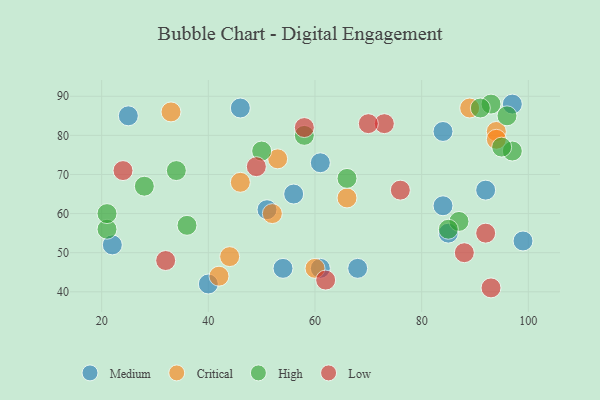
{"axis": {"x": "GDP", "y": "Life Expectancy"}, "legend": ["Critical", "High", "Low", "Medium"], "data": [{"x": "46", "y": 87, "type": "Medium"}, {"x": "56", "y": 65, "type": "Medium"}, {"x": "54", "y": 46, "type": "Medium"}, {"x": "84", "y": 81, "type": "Medium"}, {"x": "99", "y": 53, "type": "Medium"}, {"x": "84", "y": 62, "type": "Medium"}, {"x": "22", "y": 52, "type": "Medium"}, {"x": "92", "y": 66, "type": "Medium"}, {"x": "97", "y": 88, "type": "Medium"}, {"x": "51", "y": 61, "type": "Medium"}, {"x": "61", "y": 46, "type": "Medium"}, {"x": "68", "y": 46, "type": "Medium"}, {"x": "85", "y": 55, "type": "Medium"}, {"x": "40", "y": 42, "type": "Medium"}, {"x": "25", "y": 85, "type": "Medium"}, {"x": "61", "y": 73, "type": "Medium"}, {"x": "94", "y": 81, "type": "Critical"}, {"x": "46", "y": 68, "type": "Critical"}, {"x": "33", "y": 86, "type": "Critical"}, {"x": "66", "y": 64, "type": "Critical"}, {"x": "53", "y": 74, "type": "Critical"}, {"x": "52", "y": 60, "type": "Critical"}, {"x": "44", "y": 49, "type": "Critical"}, {"x": "89", "y": 87, "type": "Critical"}, {"x": "94", "y": 79, "type": "Critical"}, {"x": "60", "y": 46, "type": "Critical"}, {"x": "42", "y": 44, "type": "Critical"}, {"x": "66", "y": 69, "type": "High"}, {"x": "21", "y": 56, "type": "High"}, {"x": "58", "y": 80, "type": "High"}, {"x": "97", "y": 76, "type": "High"}, {"x": "21", "y": 60, "type": "High"}, {"x": "93", "y": 88, "type": "High"}, {"x": "50", "y": 76, "type": "High"}, {"x": "96", "y": 85, "type": "High"}, {"x": "36", "y": 57, "type": "High"}, {"x": "87", "y": 58, "type": "High"}, {"x": "85", "y": 56, "type": "High"}, {"x": "28", "y": 67, "type": "High"}, {"x": "34", "y": 71, "type": "High"}, {"x": "91", "y": 87, "type": "High"}, {"x": "95", "y": 77, "type": "High"}, {"x": "49", "y": 72, "type": "Low"}, {"x": "93", "y": 41, "type": "Low"}, {"x": "58", "y": 82, "type": "Low"}, {"x": "73", "y": 83, "type": "Low"}, {"x": "88", "y": 50, "type": "Low"}, {"x": "32", "y": 48, "type": "Low"}, {"x": "62", "y": 43, "type": "Low"}, {"x": "76", "y": 66, "type": "Low"}, {"x": "70", "y": 83, "type": "Low"}, {"x": "92", "y": 55, "type": "Low"}, {"x": "24", "y": 71, "type": "Low"}]}